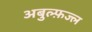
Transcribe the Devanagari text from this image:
अबुल्फ़ज्ल